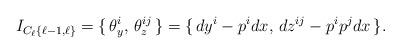
LaTeX: \begin{align*}I_{C_\ell\{\ell -1, \ell\}}&= \{\, \theta^i_y, \, \theta^{ij}_z \,\} = \{\, dy^i - p^i dx,\, dz^{ij} - p^ip^jdx\, \} .\end{align*}